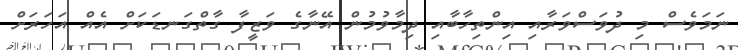
ނަމަވެސް މި ދުވަސްވަރާއި އިންތިހާބާއި ދިމާވުމުން އޭނާގެ ވަޒީފާ ގާތްގަނޑަކަށް އެއް އަހަރަށް